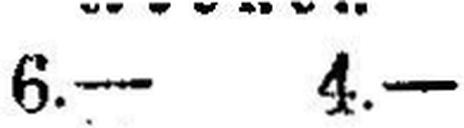
6.— 4.—